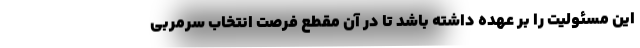
این مسئولیت را بر عهده داشته باشد تا در آن مقطع فرصت انتخاب سرمربی